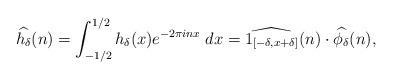
LaTeX: \begin{align*}\widehat{h_{\delta}}(n)= \int_{-1/2}^{1/2} h_{\delta}(x) e^{-2\pi in x} \; dx= \widehat{1_{[-\delta, x+\delta]}}(n) \cdot \widehat{\phi_{\delta}}(n), \end{align*}